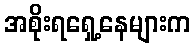
အစိုးရရှေ့နေများက